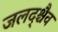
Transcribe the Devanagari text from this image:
जलद्श्चैव